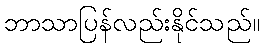
ဘာသာပြန်လည်းနိုင်သည်။